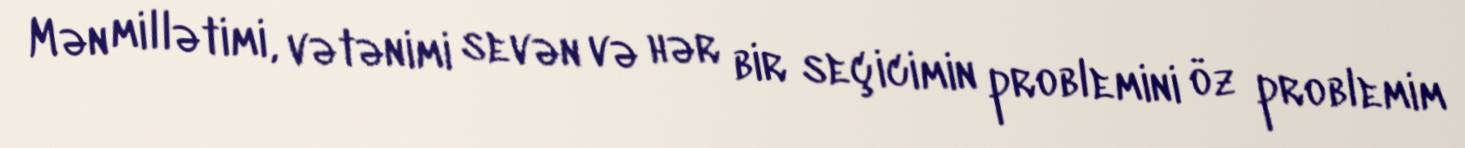
Mən millətimi, vətənimi sevən və hər bir seçicimin problemini öz problemim